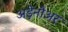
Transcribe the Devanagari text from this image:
अड़ेनौअर